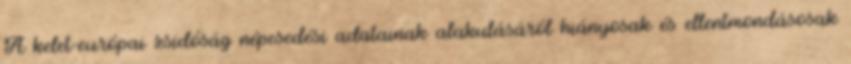
A kelet-európai zsidóság népesedési adatainak alakulásáról hiányosak és ellentmondásosak